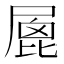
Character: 𡲮